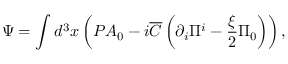
\Psi = \int { d ^ { 3 } x } \left( { { \cal P } A _ { 0 } - i { \overline { { C } } } \left( { \partial _ { i } \Pi ^ { i } - \frac { \xi } { 2 } \Pi _ { 0 } } \right) } \right) ,